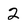
Character: 2